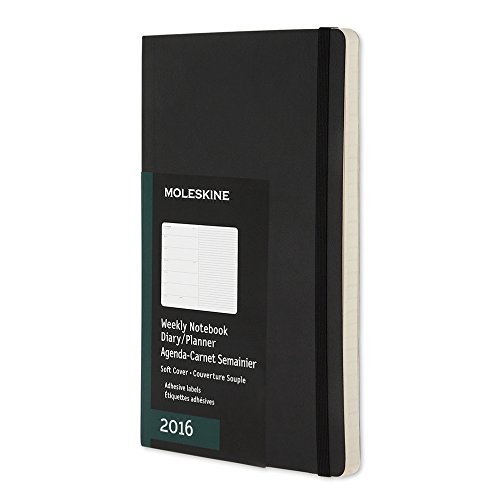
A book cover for Moleskine 2016 Weekly Notebook, 12M, Large, Black, Soft Cover (5 x 8.25); Moleskine; Calendars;